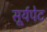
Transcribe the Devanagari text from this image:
सूर्यपेट